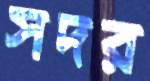
সদর